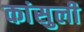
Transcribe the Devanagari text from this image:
कांसुली